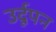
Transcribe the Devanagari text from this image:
उर्दूपन